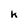
Character: K